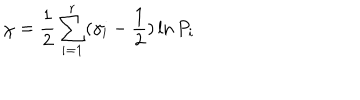
\chi = \frac 1 2 \sum _ { i = 1 } ^ { r } ( \gamma _ { i } - \frac 1 2 ) \ln P _ { i }